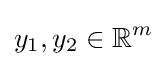
y_{1},y_{2}\in \mathbb {R} ^{m}